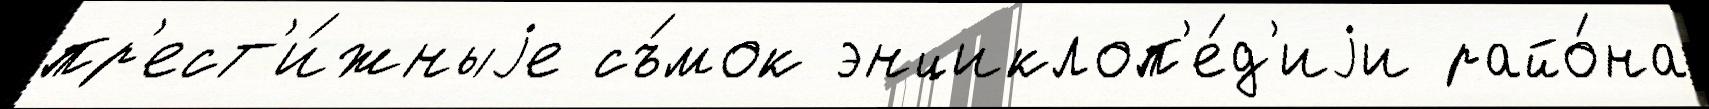
пр'ест'и́жныjе съ́мок энциклоп'е́д'иjи райо́на